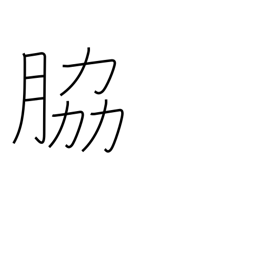
Meaning: supporting role